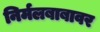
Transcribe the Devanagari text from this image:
निर्मलबाबावर